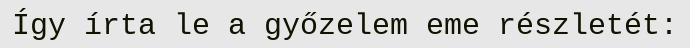
Így írta le a győzelem eme részletét: